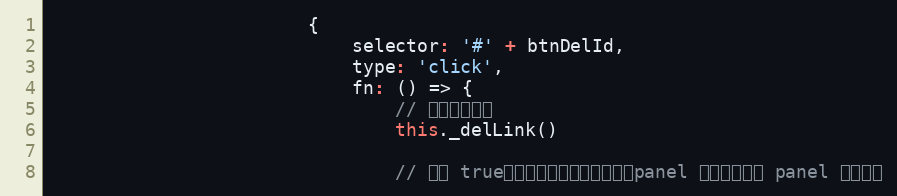
Language: JavaScript
                        {
                            selector: '#' + btnDelId,
                            type: 'click',
                            fn: () => {
                                // 执行删除链接
                                this._delLink()

                                // 返回 true，表示该事件执行完之后，panel 要关闭。否则 panel 不会关闭